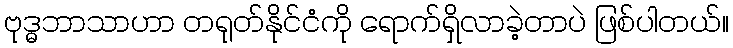
ဗုဒ္ဓဘာသာဟာ တရုတ်နိုင်ငံကို ရောက်ရှိလာခဲ့တာပဲ ဖြစ်ပါတယ်။